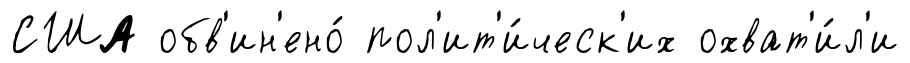
США обв'ин'ено́ пол'ит'и́ческ'их охват'и́л'и